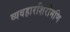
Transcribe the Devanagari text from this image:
व्यवहारशिरोमणि